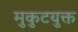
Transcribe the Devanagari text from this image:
मुकुटयुक्त